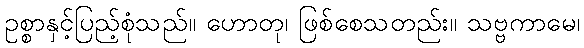
ဥစ္စာနှင့်ပြည့်စုံသည်။ ဟောတု၊ ဖြစ်စေသတည်း။ သဗ္ဗကာမေ၊